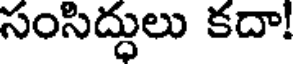
సంసిద్దులు కదా!